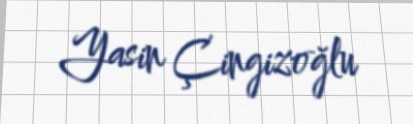
Yasin Çingizoğlu